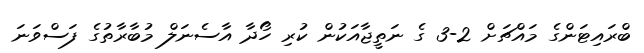
ބްރައިޓަންގެ މައްޗަށް 2-3 ގެ ނަތީޖާއަކުން ކުރި ހޯދާ އާސެނަލް މުބާރާތުގެ ފަސްވަނަ